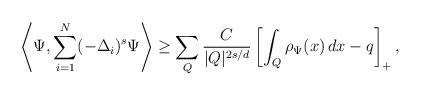
LaTeX: \begin{align*}\left\langle \Psi , \sum_{i=1}^N (-\Delta_i)^s \Psi \right \rangle\ge \sum_Q \frac{C}{|Q|^{2s/d}} \left[ \int_Q \rho_\Psi(x)\,dx - q \right]_+,\end{align*}